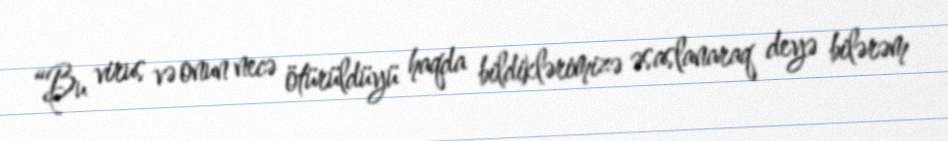
“Bu virus və onun necə ötürüldüyü haqda bildiklərimizə əsaslanaraq deyə bilərəm